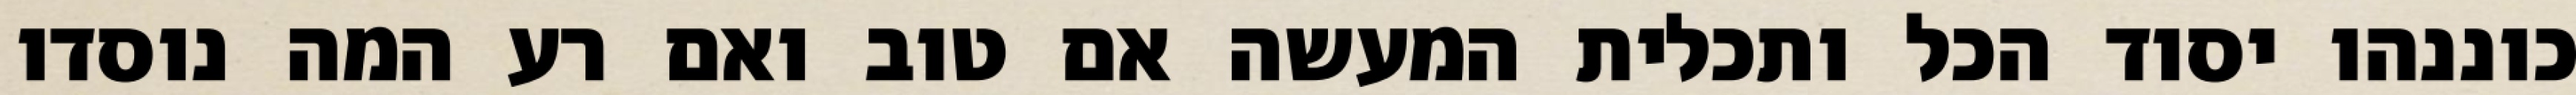
כוננהו יסוד הכל ותכלית המעשה אם טוב ואם רע המה נוסדו